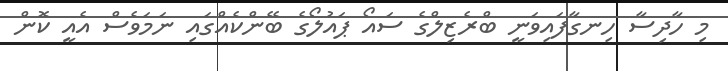
މި ހާދިސާ ހިނގާފައިވަނީ ބްރެޒިލްގެ ސައޯ ޕައުލޯގެ ބޭންކެއްގައި ނަމަވެސް އެއީ ކޮން